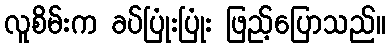
လူစိမ်းက ခပ်ပြုံးပြုံး ဖြည့်ပြောသည်။